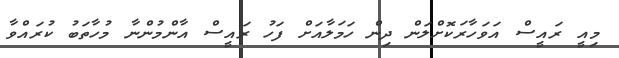
މިއީ ރައީސް އަވަހާރަކޮށްލަން ދިން ހަމަލާއަށް ފަހު ރައީސް އާންމުންނާ މުހާތަބު ކުރައްވާ